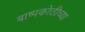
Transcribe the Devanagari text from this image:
बाष्पकोठीच्या